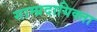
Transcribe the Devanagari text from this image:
साम्प्रदायिक्ता